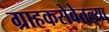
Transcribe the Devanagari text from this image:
ग्राहकसेवेतल्या